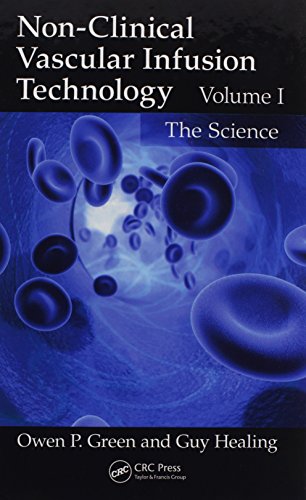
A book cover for Non-Clinical Vascular Infusion Technology, Two Volume Set: Non-Clinical Vascular Infusion Technology, Volume I: The Science; Owen P. Green; Medical Books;